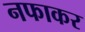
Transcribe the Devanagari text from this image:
नफाकर